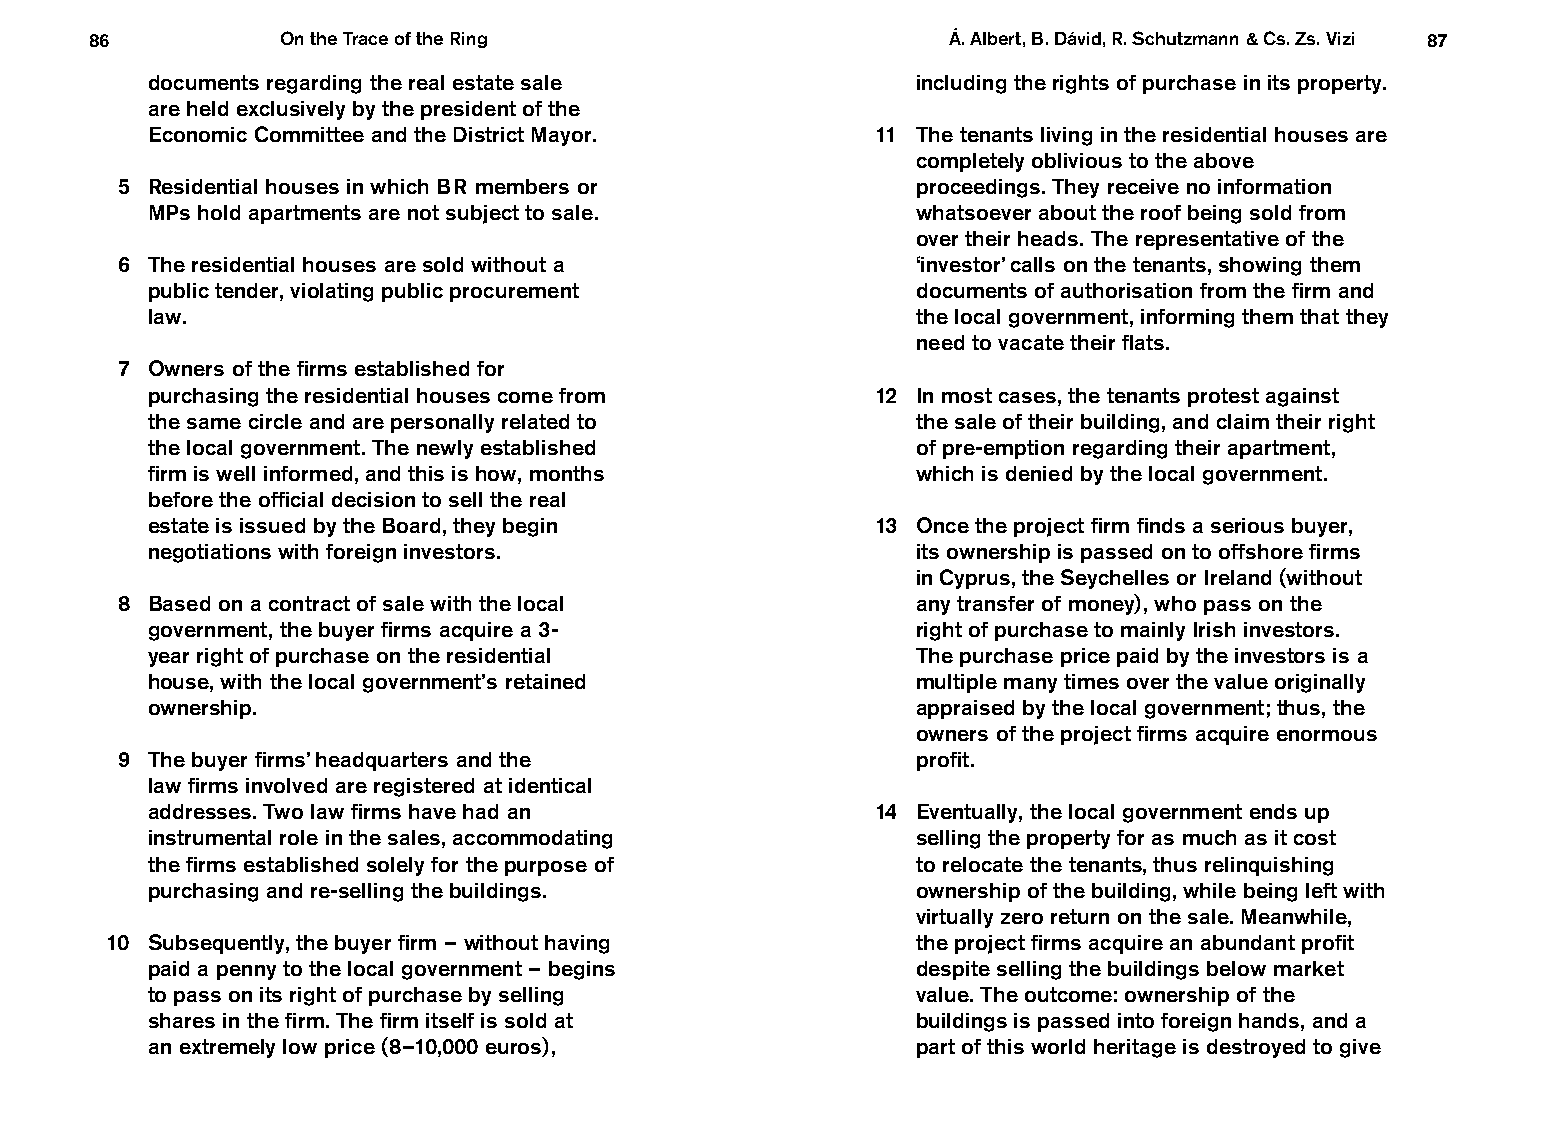
86           On the Trace of the Ring                    Á. Albert, B. Dávid, R. Schutzmann & Cs. Zs. Vizi 87
 documents regarding the real estate sale           including the rights of purchase in its property.
 are held exclusively by the president of the
 Economic Committee and the District Mayor.      11 The tenants living in the residential houses are
 completely oblivious to the above
 5 Residential houses in which BR members or          proceedings. They receive no information
 MPs hold apartments are not subject to sale.       whatsoever about the roof being sold from
 over their heads. The representative of the
 6 The residential houses are sold without a          ‘investor’ calls on the tenants, showing them
 public tender, violating public procurement        documents of authorisation from the firm and
 law.                                               the local government, informing them that they
 need to vacate their flats.
 7 Owners of the firms established for
 purchasing the residential houses come from     12 In most cases, the tenants protest against
 the same circle and are personally related to      the sale of their building, and claim their right
 the local government. The newly established        of pre-emption regarding their apartment,
 firm is well informed, and this is how, months     which is denied by the local government.
 before the official decision to sell the real
 estate is issued by the Board, they begin       13 Once the project firm finds a serious buyer,
 negotiations with foreign investors.               its ownership is passed on to offshore firms
 in Cyprus, the Seychelles or Ireland (without
 8 Based on a contract of sale with the local         any transfer of money), who pass on the
 government, the buyer firms acquire a 3-           right of purchase to mainly Irish investors.
 year right of purchase on the residential          The purchase price paid by the investors is a
 house, with the local government’s retained        multiple many times over the value originally
 ownership.                                         appraised by the local government; thus, the
 owners of the project firms acquire enormous
 9 The buyer firms’ headquarters and the              profit.
 law firms involved are registered at identical
 addresses. Two law firms have had an            14 Eventually, the local government ends up
 instrumental role in the sales, accommodating      selling the property for as much as it cost
 the firms established solely for the purpose of    to relocate the tenants, thus relinquishing
 purchasing and re-selling the buildings.           ownership of the building, while being left with
 virtually zero return on the sale. Meanwhile,
 10 Subsequently, the buyer firm – without having      the project firms acquire an abundant profit
 paid a penny to the local government – begins      despite selling the buildings below market
 to pass on its right of purchase by selling        value. The outcome: ownership of the
 shares in the firm. The firm itself is sold at     buildings is passed into foreign hands, and a
 an extremely low price (8–10,000 euros),           part of this world heritage is destroyed to give